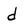
Character: d